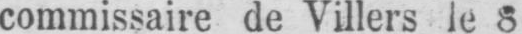
commissaire de Villers le 8